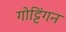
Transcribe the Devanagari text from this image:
गोट्टिंगन